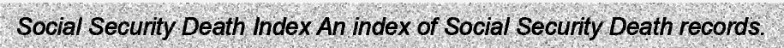
Social Security Death Index An index of Social Security Death records.